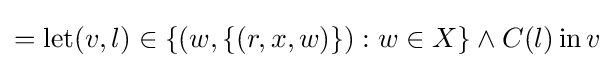
=\operatorname {let} (v,l)\in \{(w,\{(r,x,w)\}):w\in X\}\land C(l)\operatorname {in} v